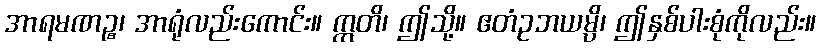
အာရမဏဉ္စ၊ အာရုံလည်းကောင်း။ ဣတိ၊ ဤသို့။ ဧတံဥဘယမ္ပိ၊ ဤနှစ်ပါးစုံကိုလည်း။